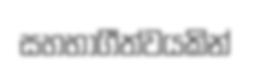
සහභාගීත්වයකින්